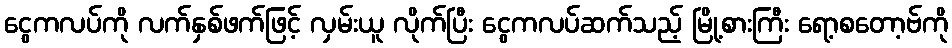
ငွေကလပ်ကို လက်နှစ်ဖက်ဖြင့် လှမ်းယူ လိုက်ပြီး ငွေကလပ်ဆက်သည့် မြို့စားကြီး ရော့စတော့ဗ်ကို